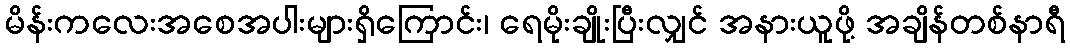
မိန်းကလေးအစေအပါးများရှိကြောင်း၊ ရေမိုးချိုးပြီးလျှင် အနားယူဖို့ အချိန်တစ်နာရီ